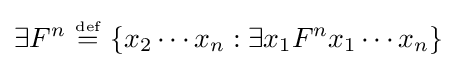
\exists F^{n}\ {\overset {\underset {\mathrm {def} }{}}{=}}\ \{x_{2}\cdots x_{n}:\exists x_{1}F^{n}x_{1}\cdots x_{n}\}